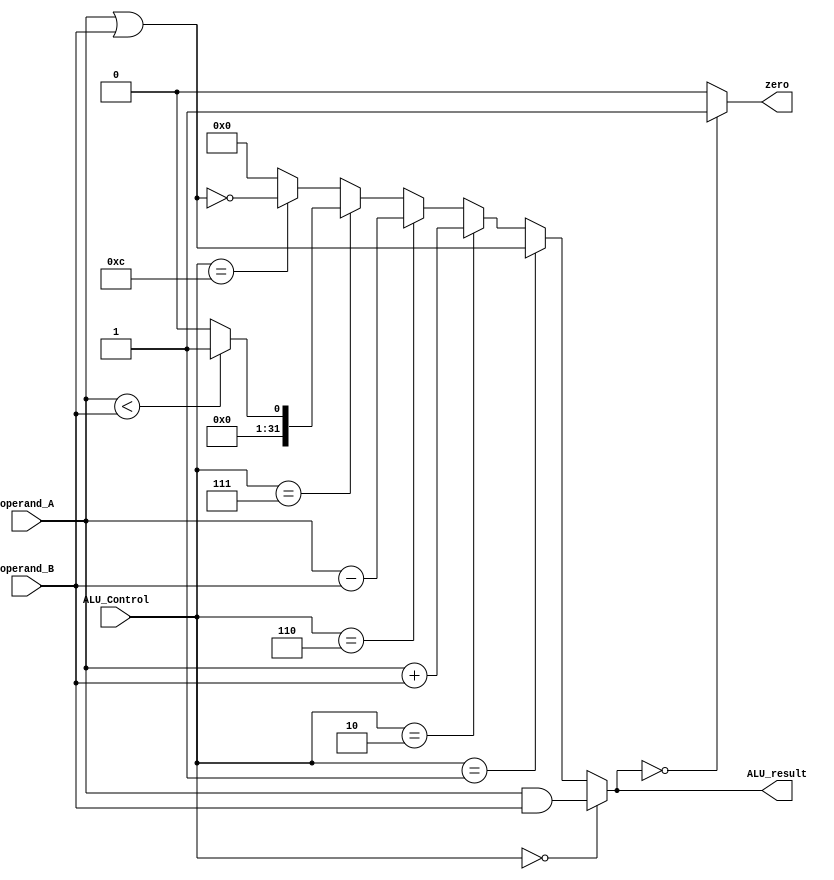
`timescale 1ns / 1ns
/** @module : ALU
 *  @author : Albert Bitdiddle
 *  ALU Module Template 
 *  Adaptive and Secure Computing Systems (ASCS) Laboratory
 */
 
module ALU (
		ALU_Control, 
		operand_A, operand_B, 
		ALU_result, zero
); 
input [3:0]   ALU_Control; 
input [31:0]  operand_A ;
input [31:0]  operand_B ;
output zero; 
output [31:0] ALU_result;

//--------------Add your code here ------------------ 

// TODO: right now, ALU only ANDs the two operands. You have to implement the rest of the instructions.

assign ALU_result = (ALU_Control == 4'b0000) ? (operand_A & operand_B) :
						  (ALU_Control == 4'b0001) ? (operand_A | operand_B) :
						  (ALU_Control == 4'b0010) ? (operand_A + operand_B) :
						  (ALU_Control == 4'b0110) ? (operand_A - operand_B) :
						  (ALU_Control == 4'b0111) ? (operand_A < operand_B) ? 1: 0 :
						  (ALU_Control == 4'b1100) ? ~(operand_A | operand_B) : 
						  0;
						  
//operand_A & operand_B;
assign zero =(ALU_result == 0) ? 1 : 0;


//----------------------------------------------------

endmodule